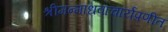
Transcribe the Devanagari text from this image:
श्रीमन्माधवाचार्यप्रणीत